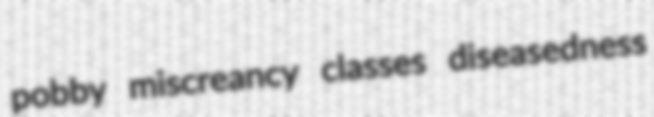
pobby miscreancy classes diseasedness